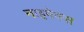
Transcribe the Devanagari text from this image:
नाइमेक्स